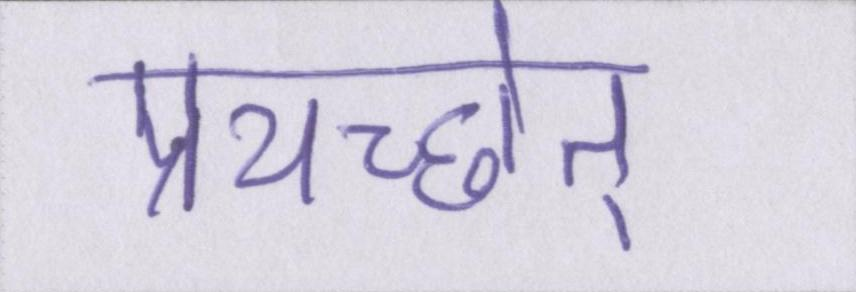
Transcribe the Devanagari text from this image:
प्रयच्छेत्